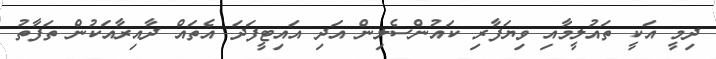
ދިމީ އަކީ ތައުލީމާއި ވިޔަފާރި ކައުންސެލިން އަދި އައިޓީފަދަ އެތައް ދާއިރާއަކުން ތަފާތު